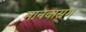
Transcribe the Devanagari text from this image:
मानवासम